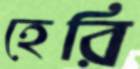
হেরি